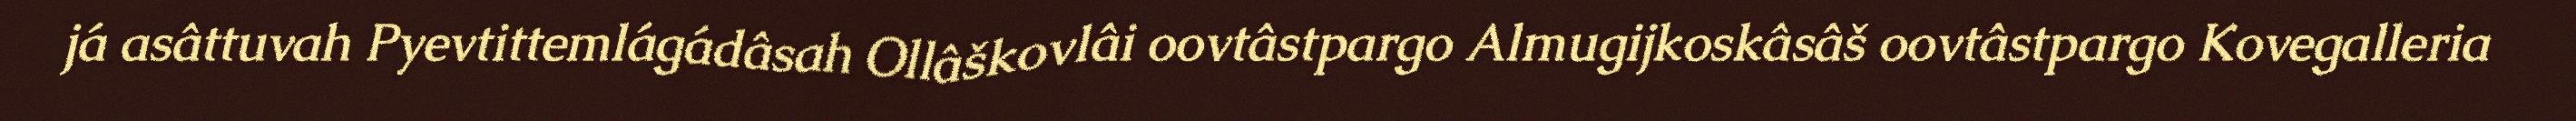
já asâttuvah Pyevtittemlágádâsah Ollâškovlâi oovtâstpargo Almugijkoskâsâš oovtâstpargo Kovegalleria